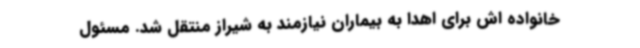
خانواده اش برای اهدا به بیماران نیازمند به شیراز منتقل شد. مسئول